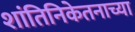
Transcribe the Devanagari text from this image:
शांतिनिकेतनाच्या